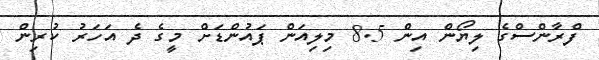
ފްރާންސްގެ ލިޔޯން އިން 8.5 މިލިއަން ޕައުންޑަށް މީގެ ދެ އަހަރު ކުރިން